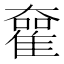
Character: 𡚊